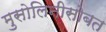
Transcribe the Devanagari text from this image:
मुसोलिनीसोबत